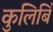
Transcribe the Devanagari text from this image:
कुलिबिं